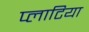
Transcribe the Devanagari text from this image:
प्लाटिया